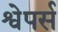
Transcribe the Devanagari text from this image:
श्वेपर्स